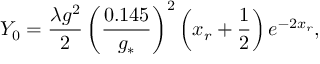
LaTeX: Y _ { 0 } = \frac { \lambda g ^ { 2 } } { 2 } \left( \frac { 0 . 1 4 5 } { g _ { * } } \right) ^ { 2 } \left( x _ { r } + \frac { 1 } { 2 } \right) e ^ { - 2 x _ { r } } ,